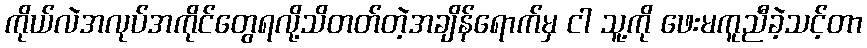
ကိုယ်လဲအလုပ်အကိုင်တွေရလို့သိတတ်တဲ့အချိန်ရောက်မှ ငါ သူ့ကို ဖေးမကူညီခဲ့သင့်တာ